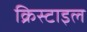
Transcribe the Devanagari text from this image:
क्रिस्टाइल